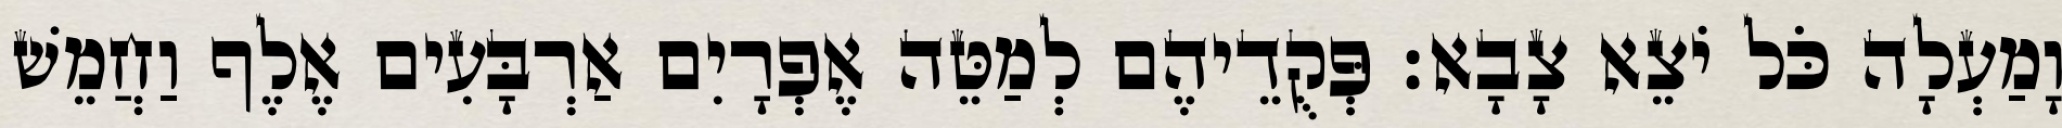
וָמַעְלָה כֹּל יֹצֵא צָבָא׃ פְּקֻדֵיהֶם לְמַטֵּה אֶפְרָיִם אַרְבָּעִים אֶלֶף וַחֲמֵשׁ